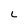
Character: L